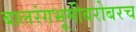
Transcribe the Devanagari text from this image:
बालरंगभूमीबरोबरच